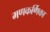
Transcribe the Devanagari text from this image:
मणकर्णिका